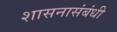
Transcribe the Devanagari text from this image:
शासनासंबंधी